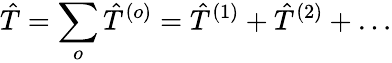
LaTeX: \hat{T}=\sum_{o}\hat{T}^{(o)}=\hat{T}^{(1)}+\hat{T}^{(2)}+\ldots